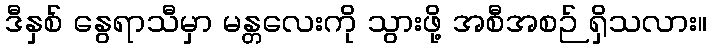
ဒီနှစ် နွေရာသီမှာ မန္တလေးကို သွားဖို့ အစီအစဉ် ရှိသလား။